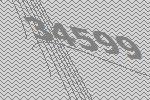
34599